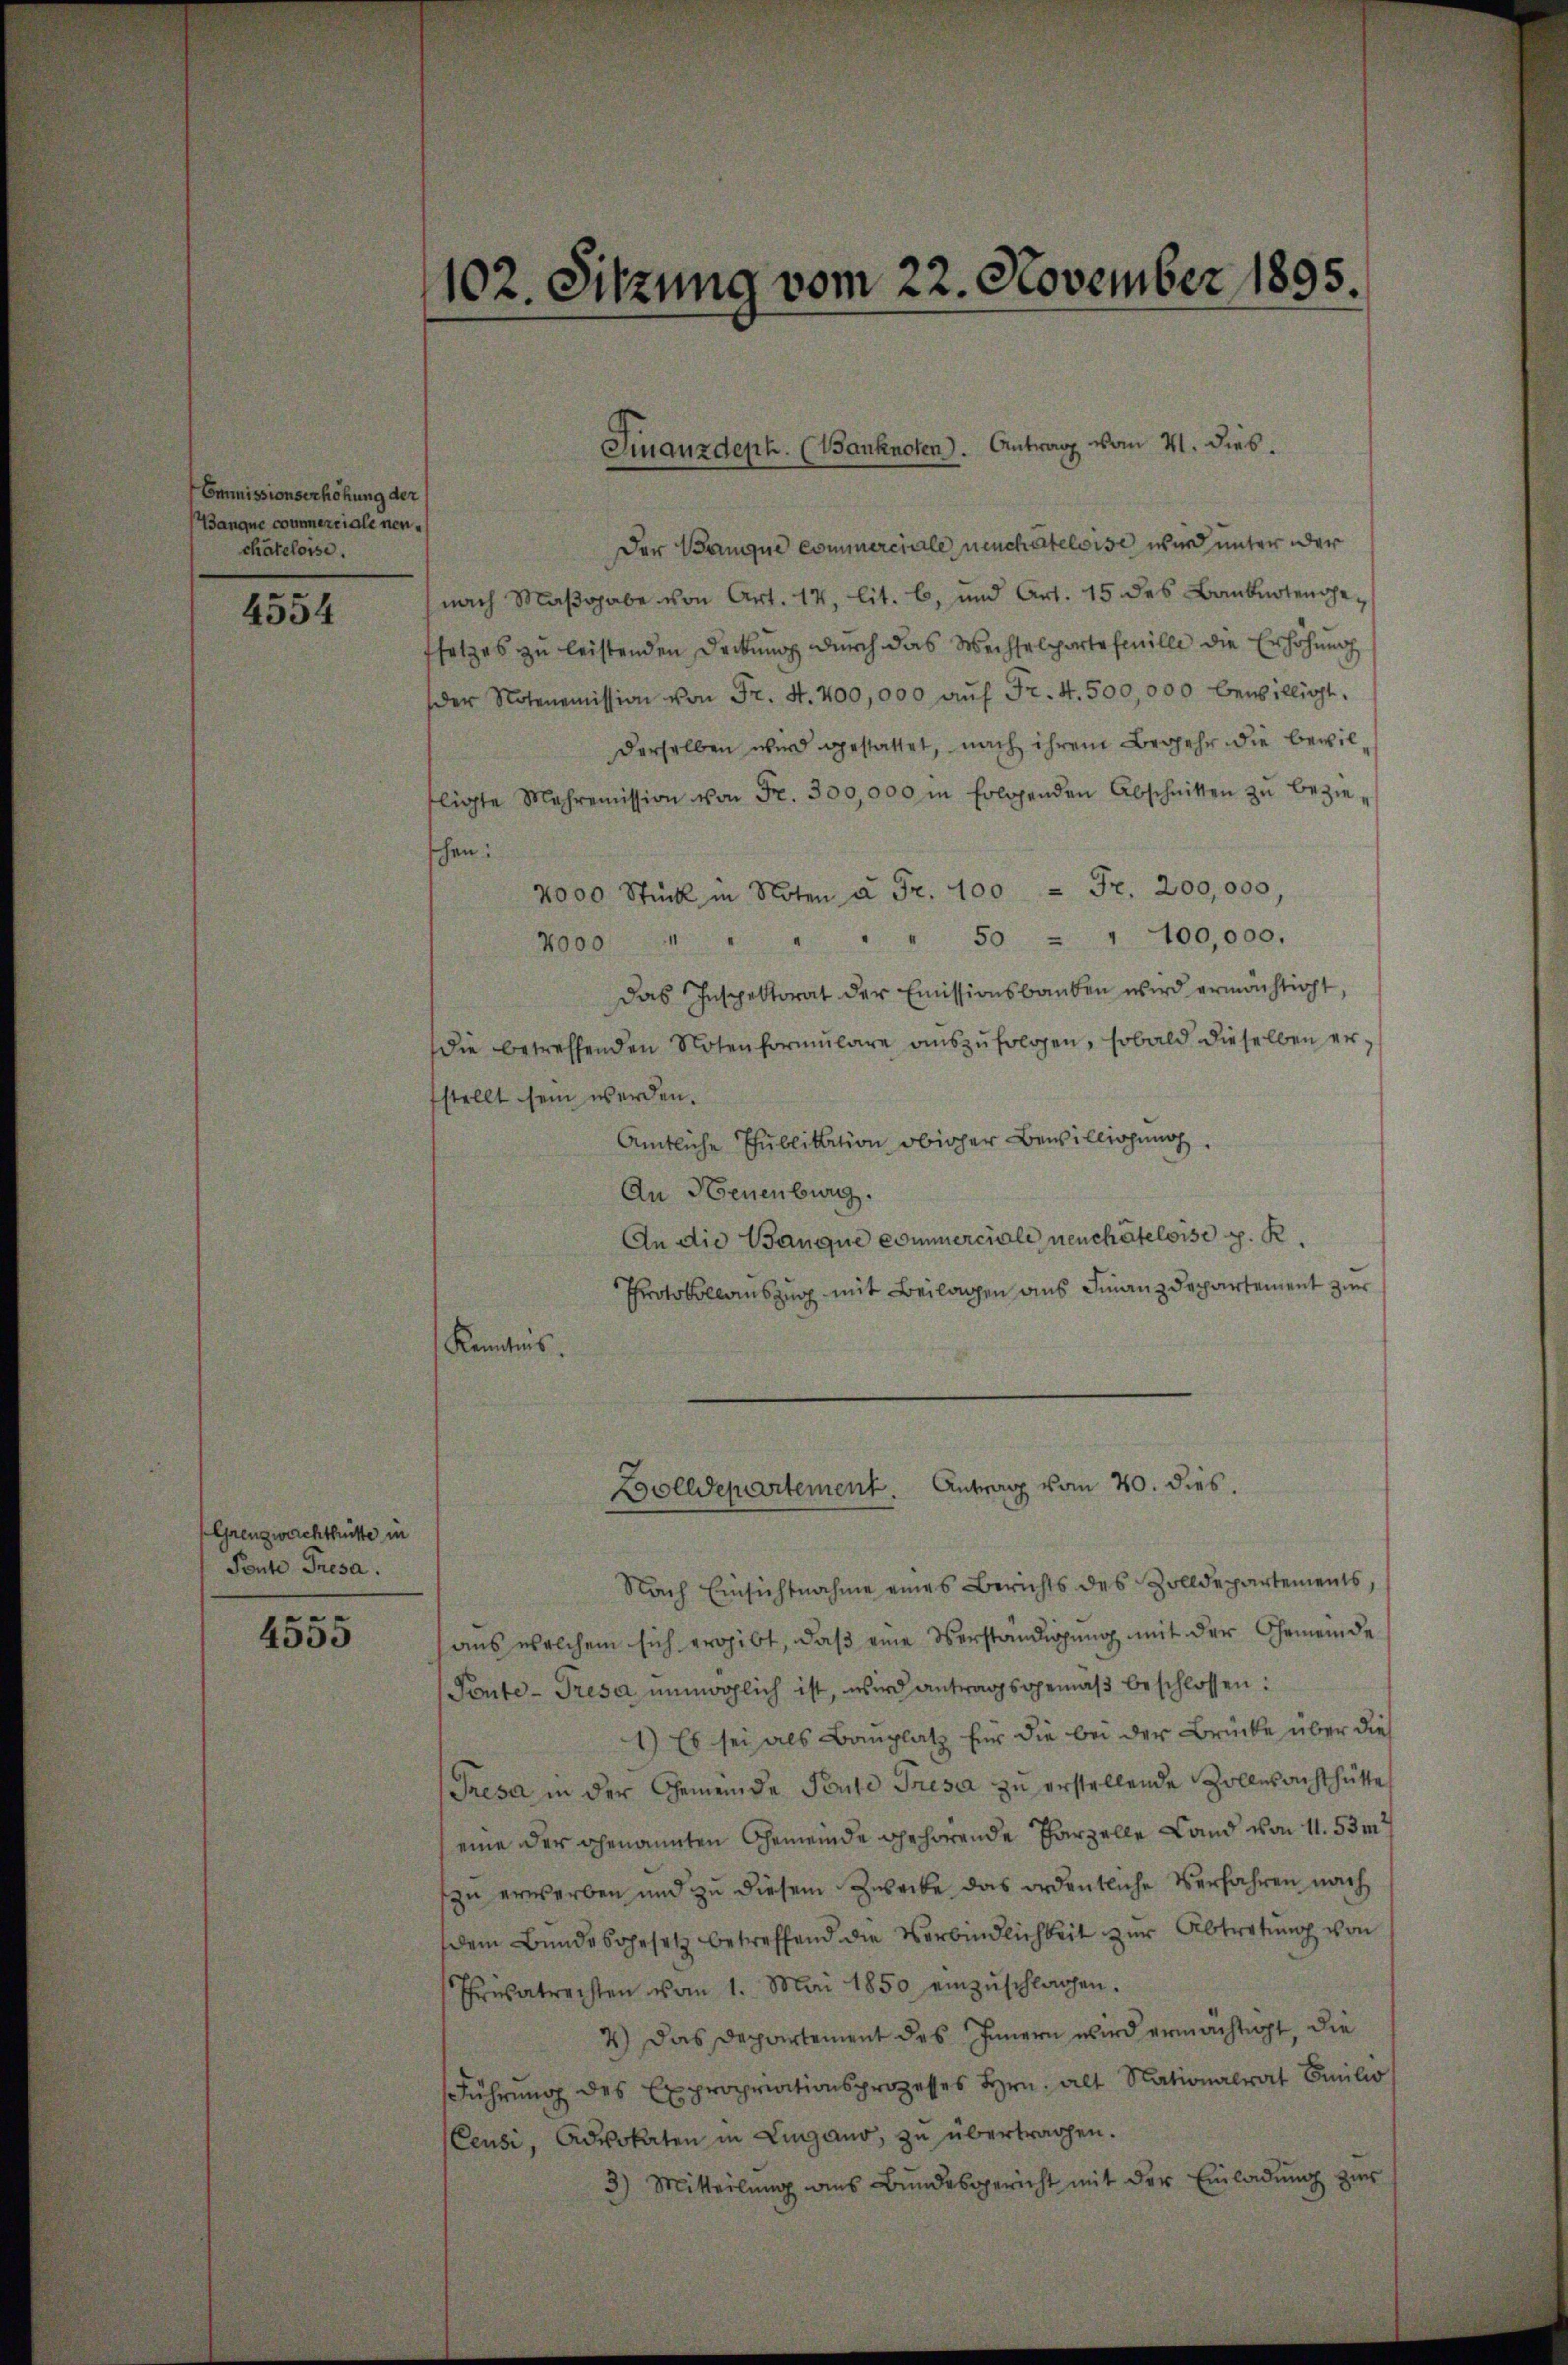
Commissionserhöhung der
(Banque commerciale neuchâteloise.
e

4334

Grenzwachthütte in
Pente Tresa.
e

4300

102. Sitzung vom 22. November 1895.

Der Banque commerciale neuchâteloise wird unter der
nach Maßgabe von Art. 12, lit. 6, und Art. 15 des Banknotengesetzes zu leistenden Deckung durch das Wechselpartefmille die Erhöhung
der Notenomission von Fr. S. 400,000 aŭf Fr. 4. 500,000 bewilligt.
derselben wird gestattet, nach ihrem Begehr die bewilfligte Mehremission von Fr. 300,000 in folgenden Abschnitten zŭ bezie-
schen:
2000 Stück in Noten u Fr. 100 = Fr. 200,000,
4000 " " " " 50 = 1 100,000.
Das Inspektorat der Emissionsbauben wird ermächtigt,
die betreffenden Notenformŭlare aŭszŭfolgen, sobald dieselben erstellt sein werden.
Amtliche Publikation obiger Bewilligung
An Neuenburg.
An die Banque commerciale neuchâteloise p. K
Protokollauszug mit Beilagen aus Finanzdepartement zur
Kenntnis.
Bolldepartement. Antrag vom 20. dies.
Nach Einsichtnahme eines Berichts des Zolldepartements,
aus welchem sich ergibt, daß eine Verständigung mit der Gemeinde
Pente - Tresa unmöglich ist, wird antragsgemäß beschlossen:
1) Es sei als Bauplatz für die bei der Brücke über die
Tresa in der Gemeinde Pause Presa zu erstellende Zollwachthütte
eine der genannten Gemeinde gehörende Parzelle Land von 11. 53 m
zu erwerben und zu diesem Zwecke das ordentliche Verfahren nach
dem Bundesgesetz betreffend die Verbindlichkeit zur Abtretung von
Trasatrechten vom 1. Mai 1850 einzŭschlagen.
4) Das Departement des Innern wird ermächtigt, die
Führung des Expropriationsprozesses Hrn. alt Nationalrat Emilio
Ceusi, Advokaten in Lugano, zu übertragen.
3) Mitteilŭng ans Bundesgericht mit der Einladŭng zur

Finanzdeph. (Banknoten). Antrag vom 21. dies.